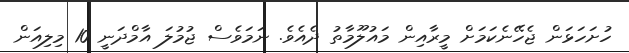
ހުށަހަޅަން ޖެހޭނެކަމަށް މީރާއިން މައުލޫމާތު ދެއެވެ. ނަމަވެސް ޖުމުލަ އާމްދަނީ 10 މިލިއަން